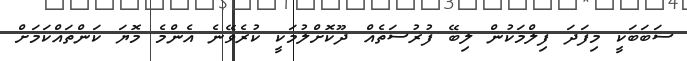
ސަބަބަކީ މިފަދަ ފިލްމަކުން ލިބޭ ފުރުސަތެއް ދޫކޮށްލުމަކީ ކުރެވޭނެ އެންމެ މޮޔަ ކަންތައްކަމަށް